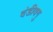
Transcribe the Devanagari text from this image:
दंडीवगु